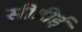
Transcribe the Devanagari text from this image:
सीडीई